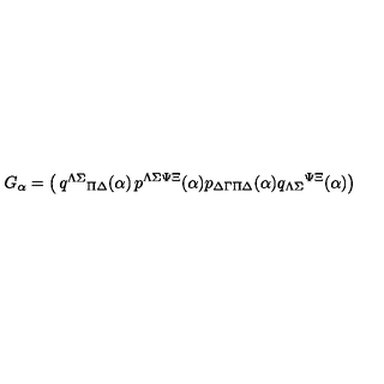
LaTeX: G _ { \alpha } = \left( \begin{matrix} { q ^ { \Lambda \Sigma } { } _ { \Pi \Delta } ( \alpha ) } & { p ^ { \Lambda \Sigma \Psi \Xi } ( \alpha ) } \\ { p _ { \Delta \Gamma \Pi \Delta } ( \alpha ) } & { q _ { \Lambda \Sigma } { } ^ { \Psi \Xi } ( \alpha ) } \\ \end{matrix} \right)